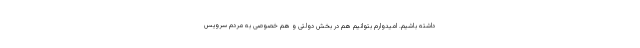
داشته باشیم. امیدوارم بتوانیم هم در بخش دولتی و هم خصوصی به مردم سرویس